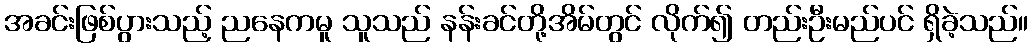
အခင်းဖြစ်ပွားသည့် ညနေကမူ သူသည် နန်းခင်တို့အိမ်တွင် လိုက်၍ တည်းဦးမည်ပင် ရှိခဲ့သည်။